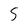
Character: 5